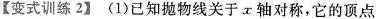
【变式训练2】(1)已知抛物线关于x轴对称，它的顶点